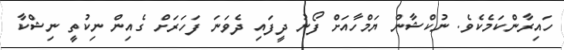
ހައިރާންކަމެކެވެ. ނުކްޝާން ޔަމްހާއަށް ފޯނު ދީފައި ދެވަނަ ފަހަރަށް ގެއިން ނިކުތީ ނިޝްކާ